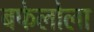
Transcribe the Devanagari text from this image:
बफेलोला